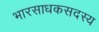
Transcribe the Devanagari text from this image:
भारसाधकसदस्य